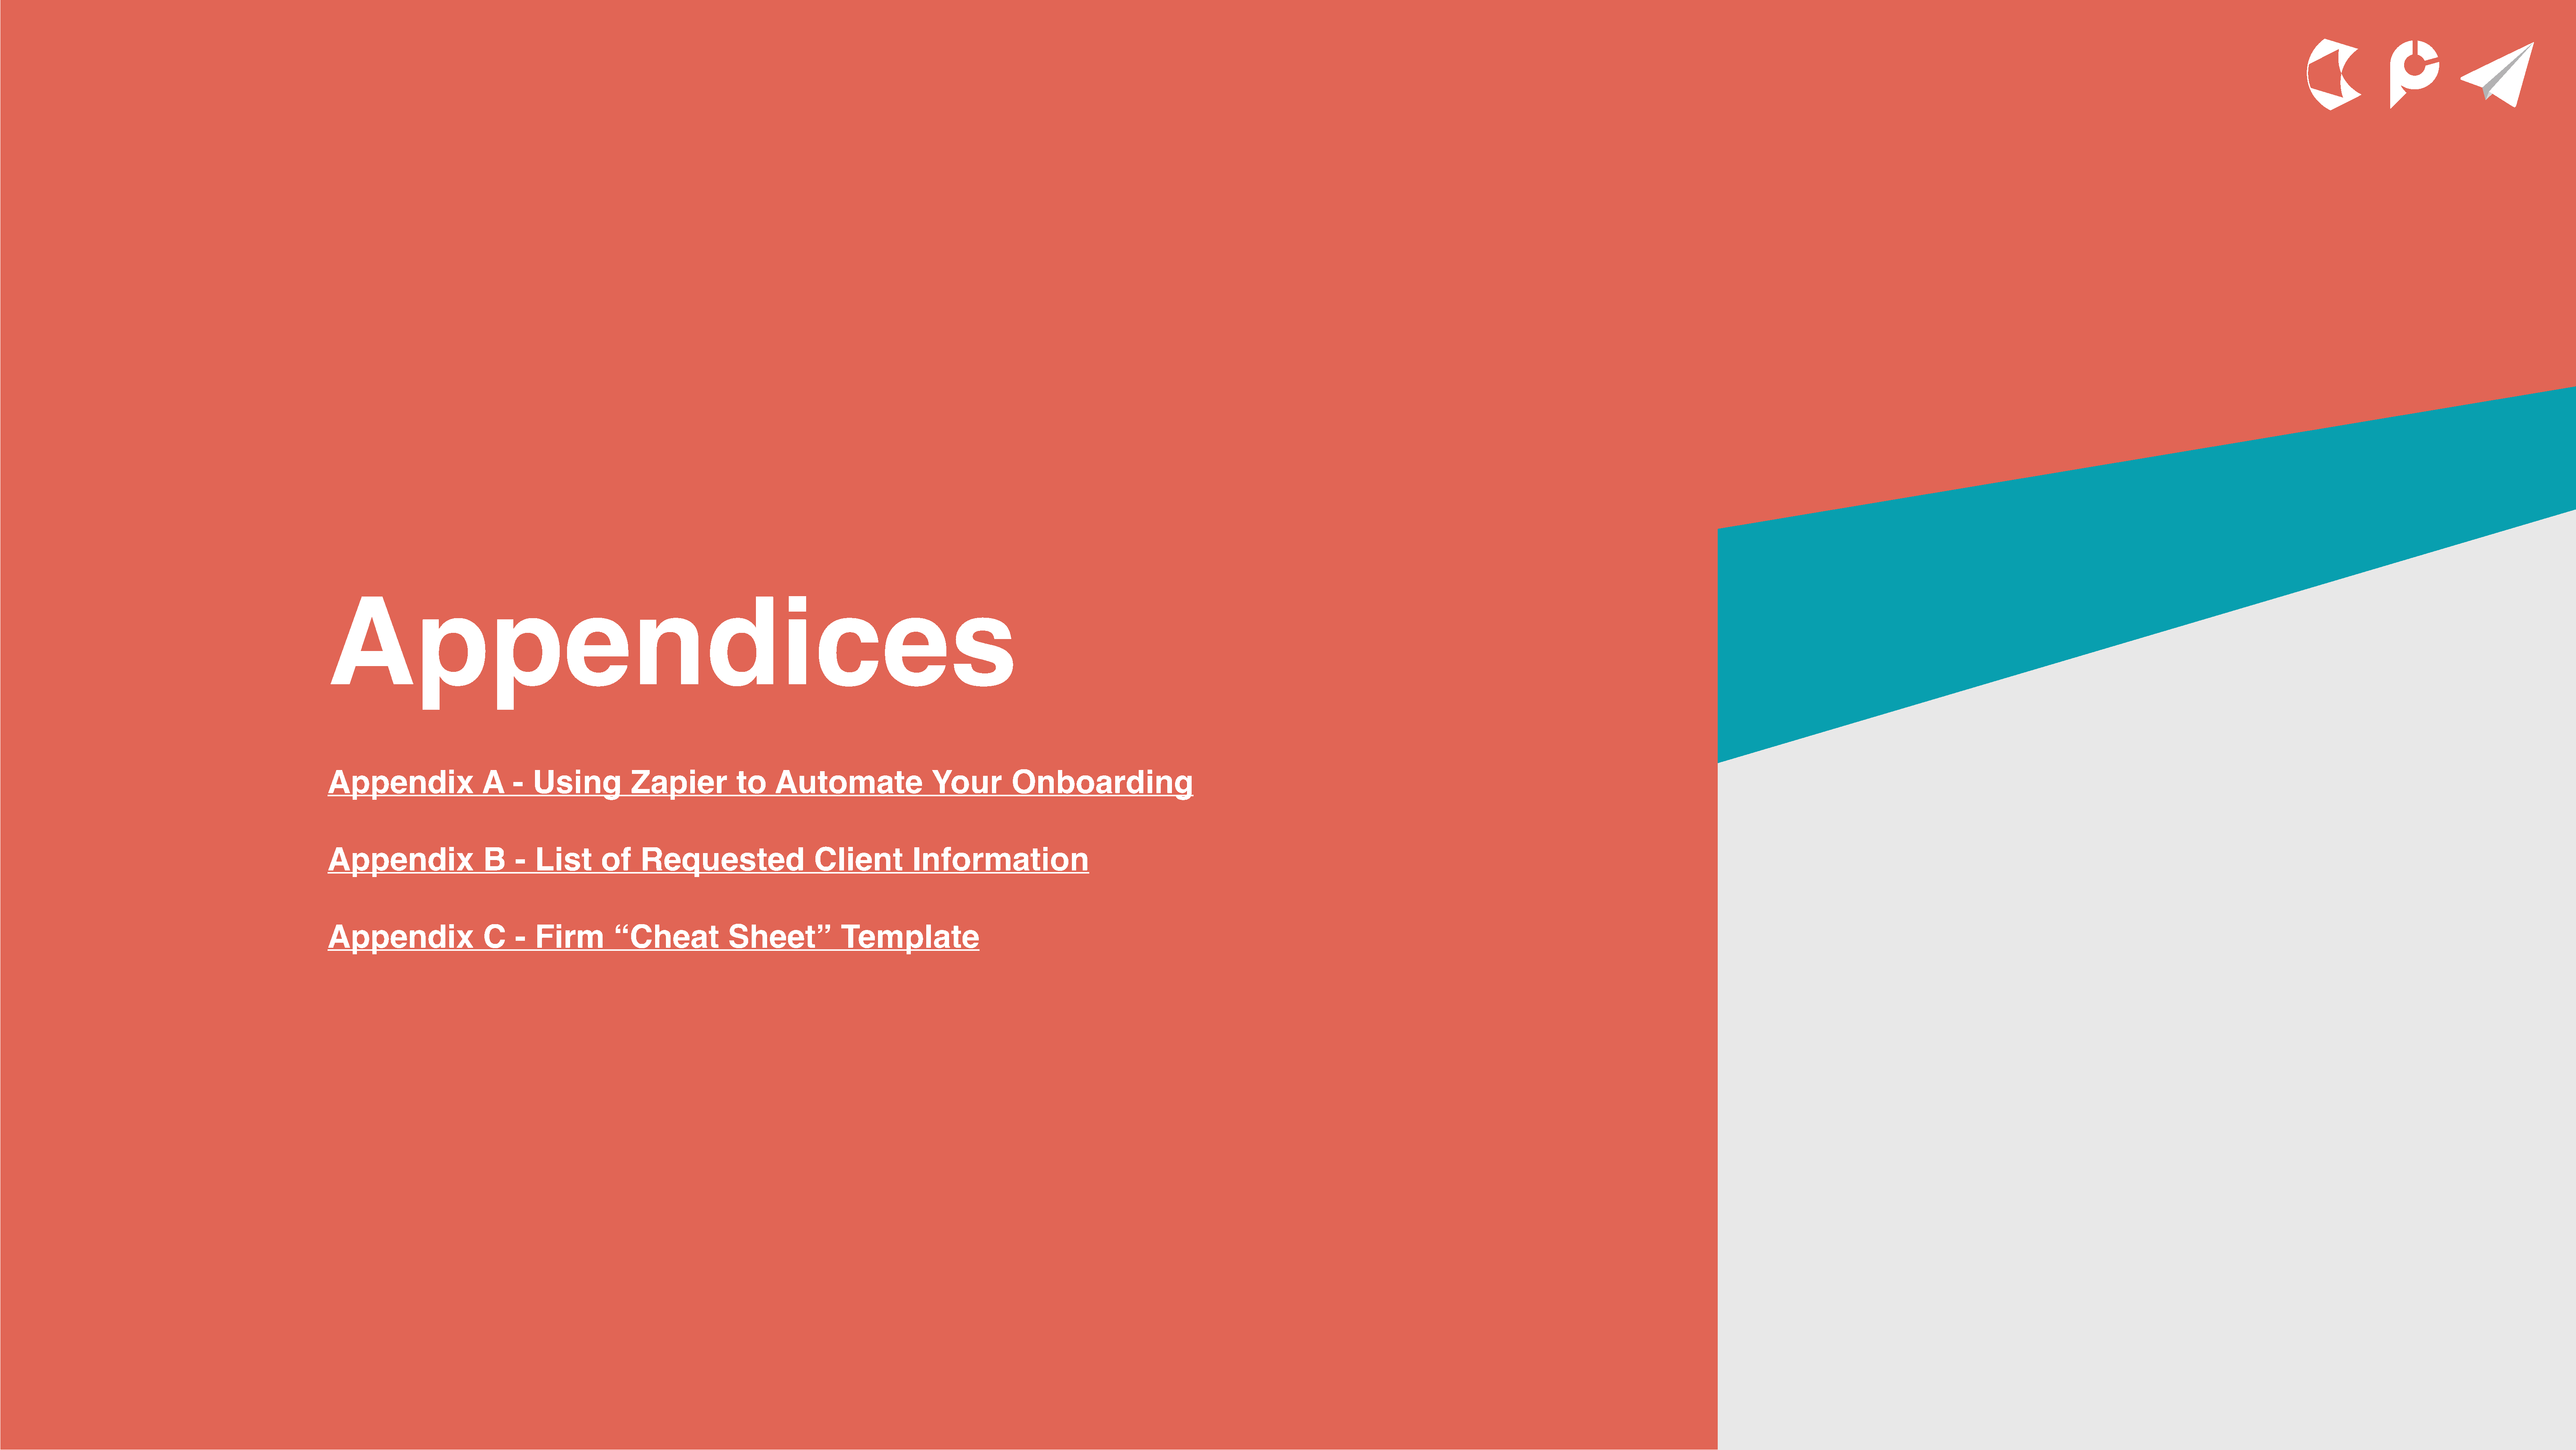
Appendices
 Appendix                   A    -  Using            Zapier            to     Automate                   Your         Onboarding
 Appendix                   B    -   List       of     Requested                    Client           Information
 Appendix                   C    -   Firm         “Cheat              Sheet”             Template